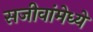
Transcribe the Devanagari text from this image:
सजीवांमेध्ये